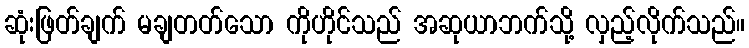
ဆုံးဖြတ်ချက် မချတတ်သော ကိုဟိုင်သည် အဆုယာဘက်သို့ လှည့်လိုက်သည်။